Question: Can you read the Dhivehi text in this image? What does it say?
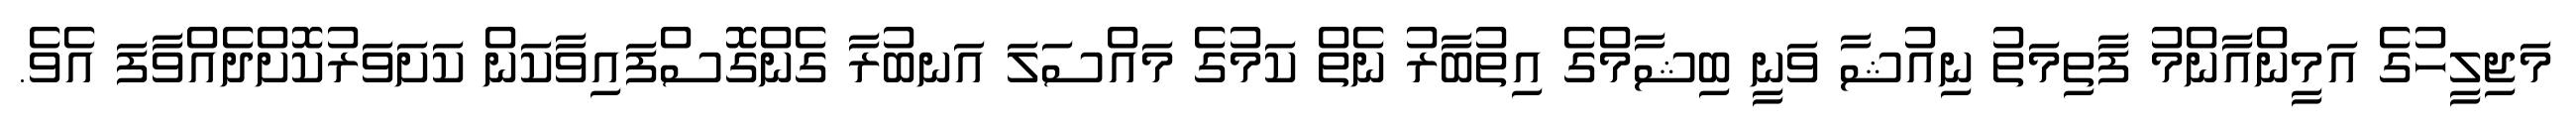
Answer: މަޖިލީހުގެ އަމީންއާންމު ފާތިމަތު ނިއުޝާ ވަނީ ބިޝާމްގެ އިތުބާރު ނެތް ކަމުގެ މައްސަލަ އަނބުރާ ގެންގޮސްފައިވާކަން ކަށަވަރުކޮށްދެއްވާފަ އެވެ.